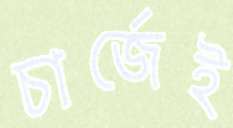
চার্জেই